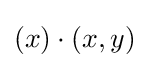
(x)\cdot (x,y)